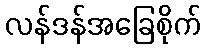
လန်ဒန်အခြေစိုက်